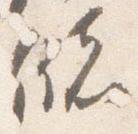
儲